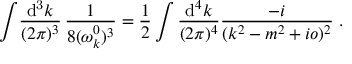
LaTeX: \int \! \frac { \mathrm { d ^ { 3 } } k } { ( 2 \pi ) ^ { 3 } } \, \frac { 1 } { 8 ( \omega _ { k } ^ { 0 } ) ^ { 3 } } = \frac { 1 } { 2 } \int \frac { \mathrm { d } ^ { 4 } k } { ( 2 \pi ) ^ { 4 } } \frac { - i } { ( k ^ { 2 } - m ^ { 2 } + i o ) ^ { 2 } } \; .